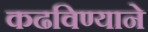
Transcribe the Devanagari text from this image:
कढविण्याने